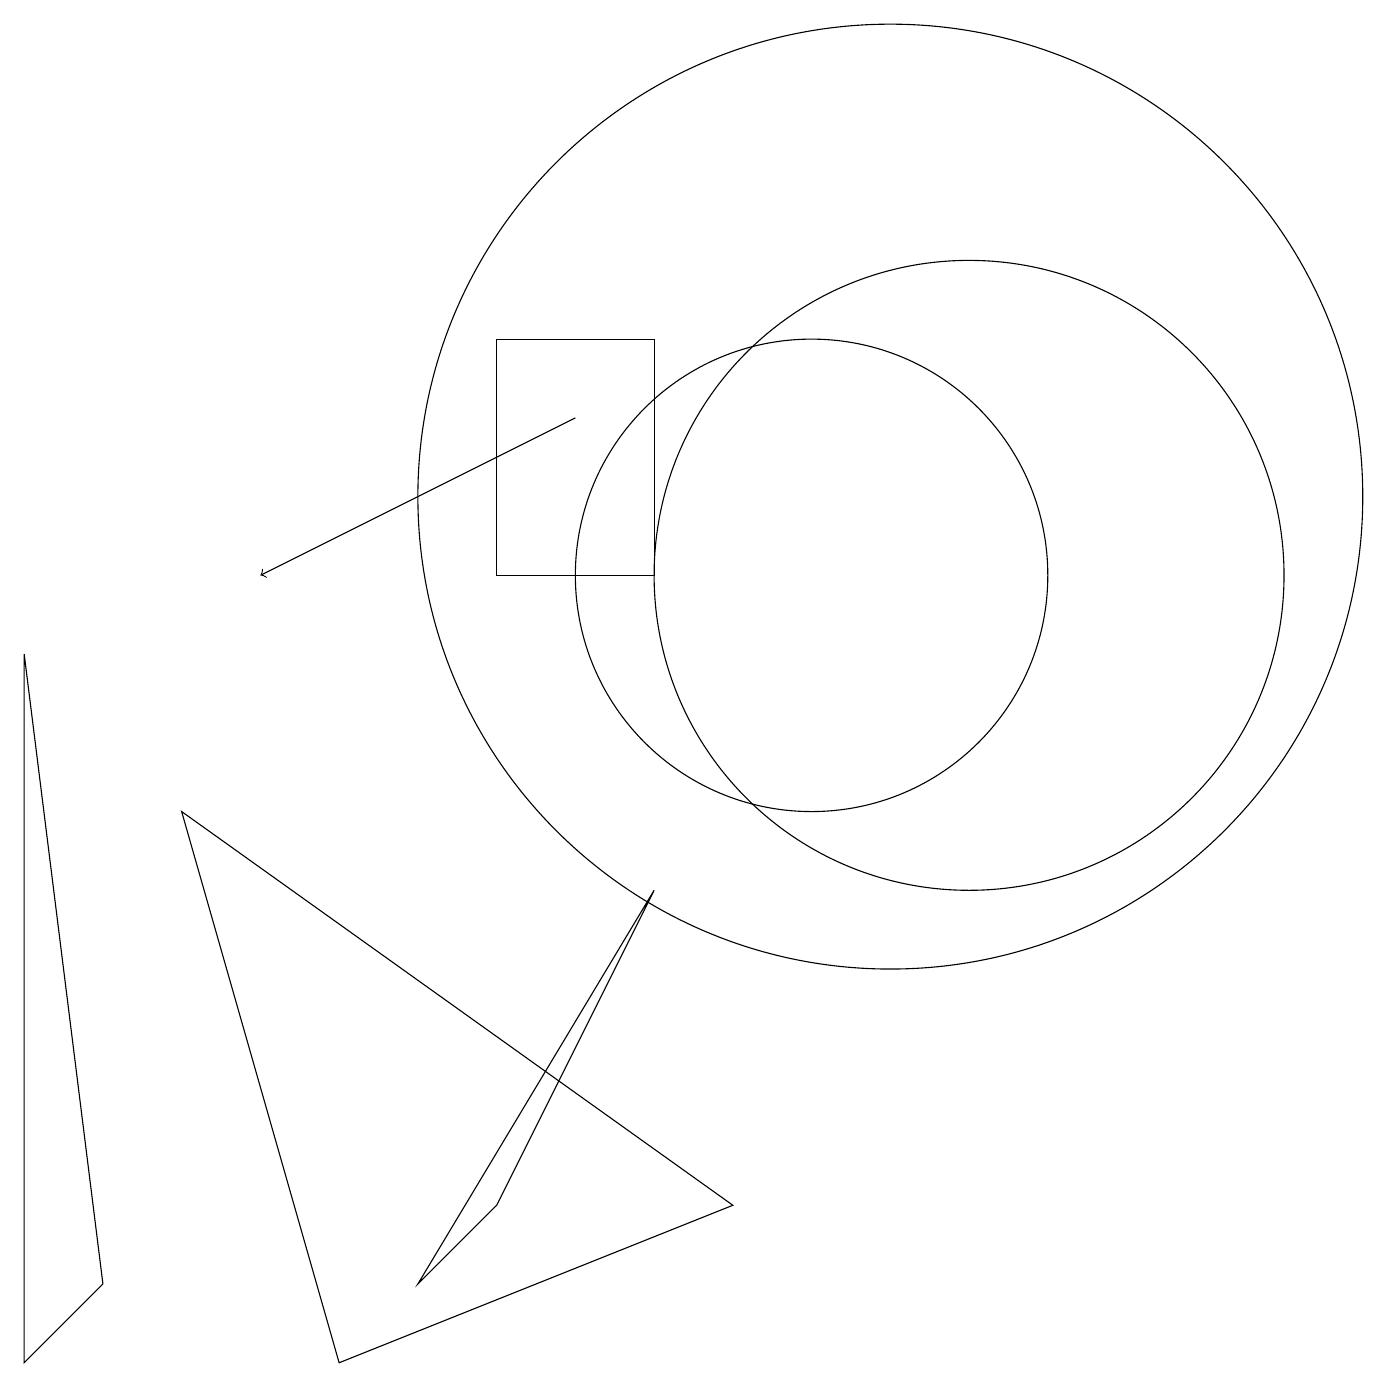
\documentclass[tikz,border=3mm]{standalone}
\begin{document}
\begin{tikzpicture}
\draw (11,11) circle (6);
\draw (5,1) -- (8,6) -- (6,2) -- cycle;
\draw (6,13) rectangle (8,10);
\draw (9,2) -- (2,7) -- (4,0) -- cycle;
\draw (12,10) circle (4);
\draw (0,0) -- (0,9) -- (1,1) -- cycle;
\draw[->] (7,12) -- (3,10);
\draw (10,10) circle (3);
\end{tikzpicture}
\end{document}